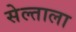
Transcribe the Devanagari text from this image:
सेल्ताला